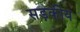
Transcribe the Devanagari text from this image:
सड़कीय